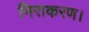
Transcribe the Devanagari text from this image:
निराकरण।